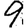
Digit: 9